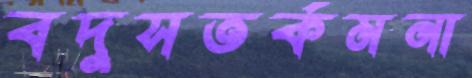
বদুসতর্কমনা